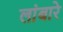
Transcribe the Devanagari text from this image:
लांबारे